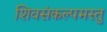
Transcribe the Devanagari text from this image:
शिवसंकल्पमस्तु